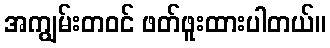
အကျွမ်းတဝင် ဖတ်ဖူးထားပါတယ်။